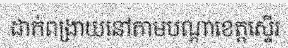
ដាក់ពង្រាយនៅតាមបណ្តាខេត្តស្ទើរ